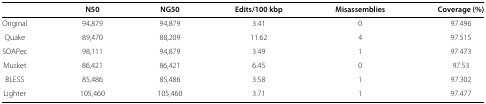
|  | N50 | NG50 | Edits/100 kbp | Misassemblies | Coverage (%) |
 | --- | --- | --- | --- | --- | --- |
 | Original | 94,879 | 94,879 | 3.41 | 0 | 97.496 |
 | Quake | 89,470 | 88,209 | 11.62 | 4 | 97.515 |
 | SOAPec | 98,111 | 94,879 | 3.49 | 1 | 97.473 |
 | Musket | 86,421 | 86,421 | 6.45 | 0 | 97.53 |
 | BLESS | 85,486 | 85,486 | 3.58 | 1 | 97.302 |
 | Lighter | 105,460 | 105,460 | 3.71 | 1 | 97.477 |